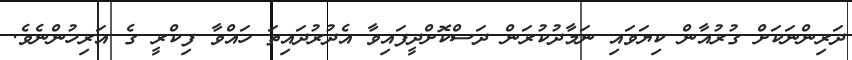
ދަރިންނަކަށް ގުރުއާން ކިޔަވައި ނަމާދުކުރަން ދަސްކޮށްދީފައިވާ އެދުރުދައިތަ ހައްވާ ފިކްރީ ގެ އަރިހުންނެވެ.